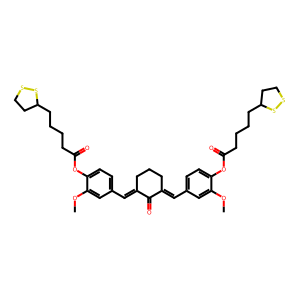
SMILES: COc1cc(C=C2CCCC(=Cc3ccc(OC(=O)CCCCC4CCSS4)c(OC)c3)C2=O)ccc1OC(=O)CCCCC1CCSS1
Inhibits HIV replication: No